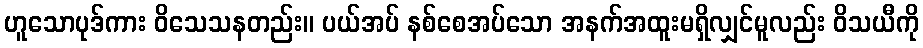
ဟူသောပုဒ်ကား ဝိသေသနတည်း။ ပယ်အပ် နစ်စေအပ်သော အနက်အထူးမရှိလျှင်မူလည်း ဝိသယီကို